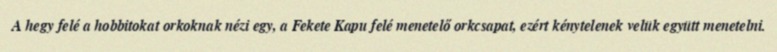
A hegy felé a hobbitokat orkoknak nézi egy, a Fekete Kapu felé menetelő orkcsapat, ezért kénytelenek velük együtt menetelni.